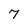
Character: 7